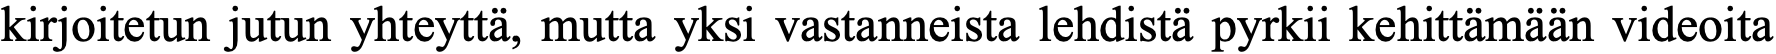
kirjoitetun jutun yhteyttä, mutta yksi vastanneista lehdistä pyrkii kehittämään videoita